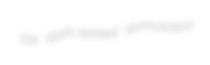
Die stark-spoiled domiciliation